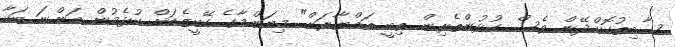
ސާބިތުކޮށްދޭން ވެސް ކުޅުންތެރިން ތިބީ ތައްޔާރަށް" މިޔަންމާގެ ކޭބީޒެޑަށް ކުޅެމުން އަންނަ ބަކާ